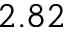
2 . 8 2